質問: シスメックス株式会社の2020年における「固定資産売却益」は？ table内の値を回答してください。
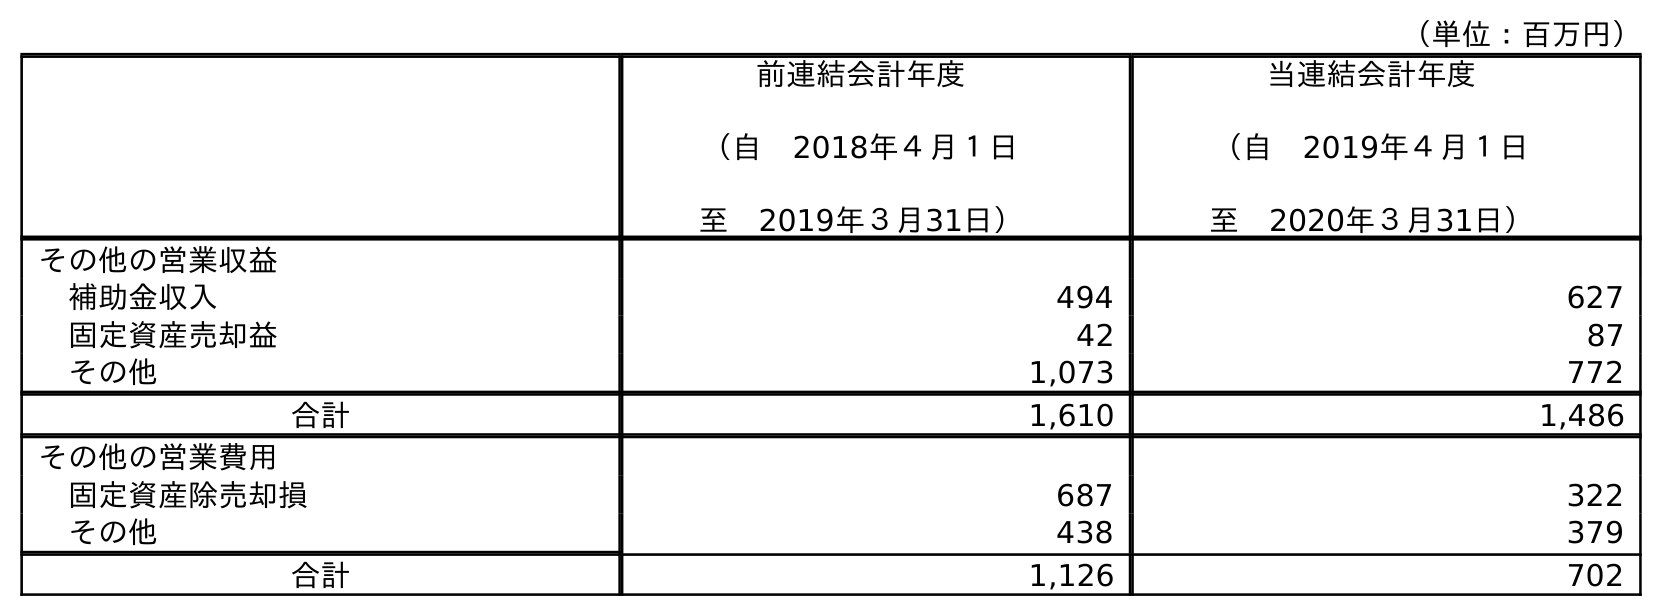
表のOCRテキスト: （単位：百万円） 前連結会計年度 （自 2018年４月１日 至 2019年３月31日） 当連結会計年度 （自 2019年４月１日 至 2020年３月31日） その他の営業収益 補助金収入 494 627 固定資産売却益 42 87 その他 1,073 772 合計 1,610 1,486 その他の営業費用 固定資産除売却損 687 322 その他 438 379 合計 1,126 702
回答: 87